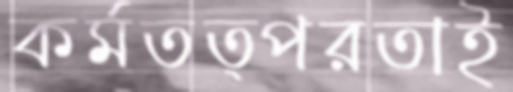
কর্মতত্পরতাই